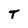
Character: T